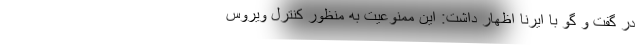
در گفت و گو با ایرنا اظهار داشت: این ممنوعیت به منظور کنترل ویروس